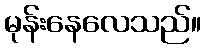
မုန်းနေလေသည်။